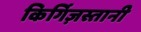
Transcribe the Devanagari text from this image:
किर्गिज़स्तानी